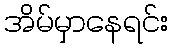
အိမ်မှာနေရင်း